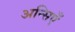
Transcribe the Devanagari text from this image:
अन्सिएँ